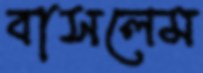
বাসলেম